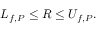
L _ { f , P } \leq R \leq U _ { f , P } . \,